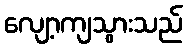
လျော့ကျသွားသည်